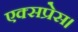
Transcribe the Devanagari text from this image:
एक्‍सप्रेस।